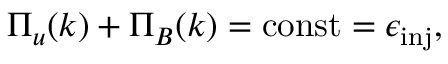
\Pi _ { u } ( k ) + \Pi _ { B } ( k ) = \mathrm { c o n s t } = \epsilon _ { \mathrm { i n j } } ,